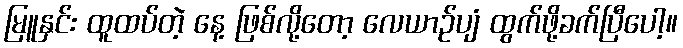
မြူနှင်း ထူထပ်တဲ့ နေ့ ဖြစ်လို့တော့ လေယာဉ်ပျံ ထွက်ဖို့ခက်ပြီပေါ့။